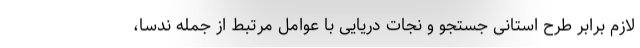
لازم برابر طرح استانی جستجو و نجات دریایی با عوامل مرتبط از جمله ندسا،